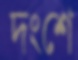
দংশে